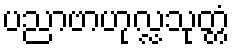
ပညာဗာဟုလ္လသုတ္တံ